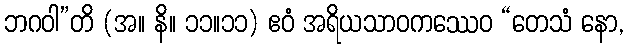
ဘဂဝါ”တိ (အ။ နိ။ ၁၁။၁၁) ဧဝံ အရိယသာဝကဿေဝ “တေသံ နော,